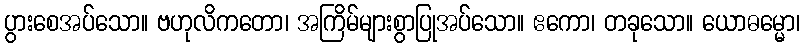
ပွားစေအပ်သော။ ဗဟုလိကတော၊ အကြိမ်များစွာပြုအပ်သော။ ဧကော၊ တခုသော။ ယောဓမ္မော၊